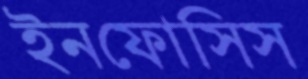
ইনফোসিস